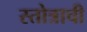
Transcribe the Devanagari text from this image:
स्तोत्राची